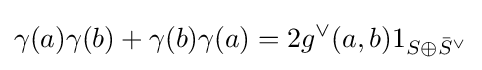
\gamma (a)\gamma (b)+\gamma (b)\gamma (a)=2g^{\vee }(a,b)1_{S\oplus {\bar {S}}^{\vee }}